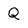
Character: Q